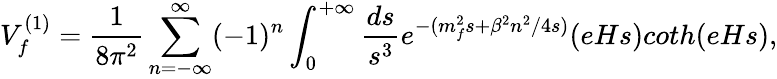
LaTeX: V_{f}^{(1)}=\frac{1}{8\pi^{2}}\sum_{n=-\infty}^{\infty}(-1)^{n}\int_{0}^{+\infty}\frac{ds}{s^{3}}e^{-(m_{f}^{2}s+\beta^{2}n^{2}/4s)}(eHs)coth(eHs),